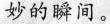
妙的瞬间。